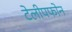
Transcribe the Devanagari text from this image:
टेलीपफोन